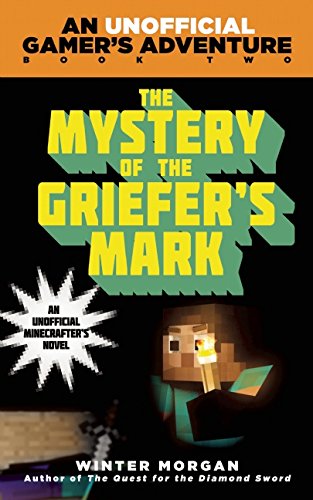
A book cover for The Mystery of the Griefer's Mark: An Unofficial GamerEEs Adventure, Book Two; Winter Morgan; Children's Books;